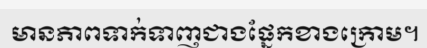
មានភាពទាក់ទាញជាងផ្នែកខាងក្រោម។